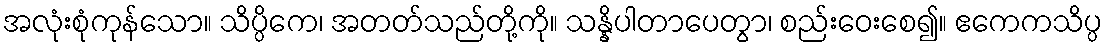
အလုံးစုံကုန်သော။ သိပ္ပိကေ၊ အတတ်သည်တို့ကို။ သန္နိပါတာပေတွာ၊ စည်းဝေးစေ၍။ ဧကေကသိပ္ပ